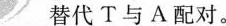
___替代 T 与 A 配对。